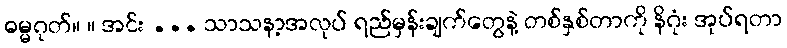
ဓမ္မဂုတ်။ ။ အင်း ... သာသနာ့အလုပ် ရည်မှန်းချက်တွေနဲ့ တစ်နှစ်တာကို နိဂုံး အုပ်ရတာ